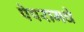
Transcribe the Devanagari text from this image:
पेपरामधे